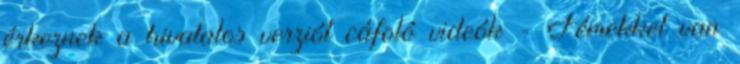
érkeznek a hivatalos verziót cáfoló videók - Fémekkel van